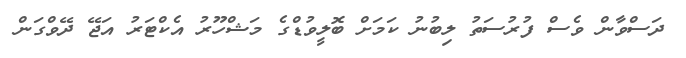
ދަސްވާން ވެސް ފުރުސަތު ލިބުނު ކަމަށް ބޮލީވުޑްގެ މަޝްހޫރު އެކްޓަރު އަޖޭ ދޭވްގަން